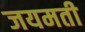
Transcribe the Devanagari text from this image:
जयमती